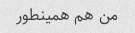
من هم همینطور